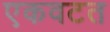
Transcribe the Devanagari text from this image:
एकवटत